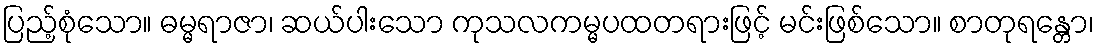
ပြည့်စုံသော။ ဓမ္မရာဇာ၊ ဆယ်ပါးသော ကုသလကမ္မပထတရားဖြင့် မင်းဖြစ်သော။ စာတုရန္တော၊